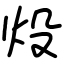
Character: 炈